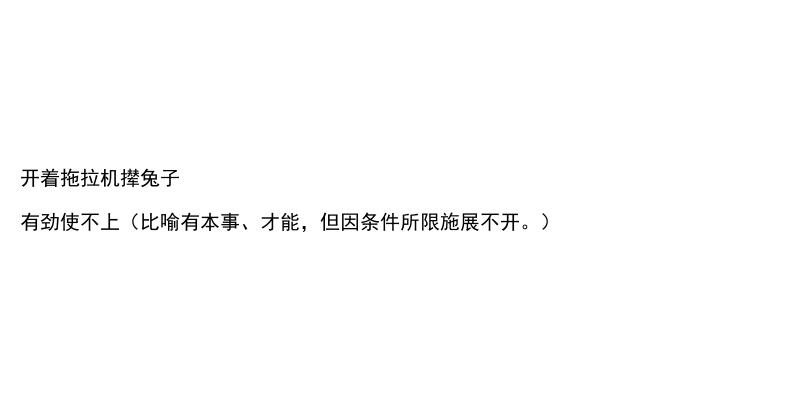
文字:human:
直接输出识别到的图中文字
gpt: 开着拖拉机撵兔子 有劲使不上（比喻有本事、才能，但因条件所限施展不开。）